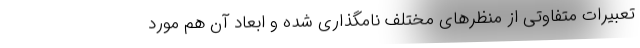
تعبیرات متفاوتی از منظر‌های مختلف نامگذاری شده و ابعاد آن هم مورد